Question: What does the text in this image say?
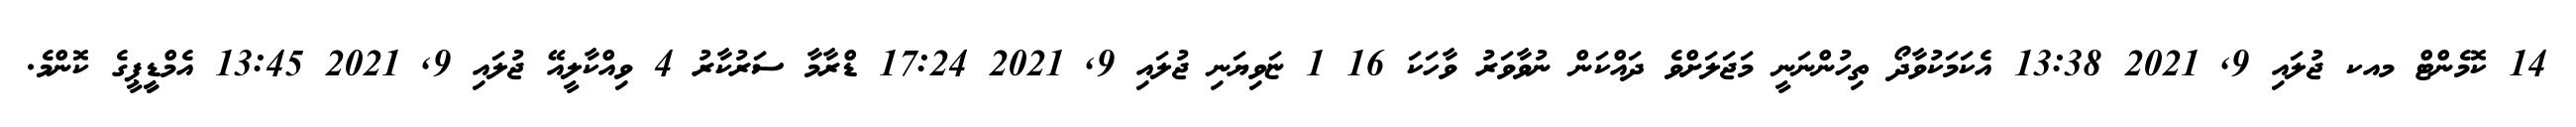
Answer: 14 ކޮމެންޓް މއކ ޖުލައި 9, 2021 13:38 އެކަމަކުވާދޯ ތިހުންނަނީ މަޖަލަށްވެ ދައްކަން ނުވާވަރު ވާހަކަ 16 1 ޏަވިޔަނި ޖުލައި 9, 2021 17:24 ޑްރާމާ ސަރުކާރު 4 ވިއްކާލީއޭ ޖުލައި 9, 2021 13:45 އެމްޑީީޕީގެ ކޮންމެ.